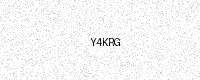
Text: Y4KRG